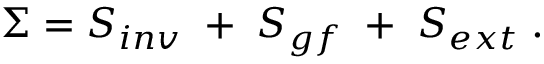
\Sigma = S _ { i n v } \; + \; S _ { g f } \; + \; S _ { e x t } \; .